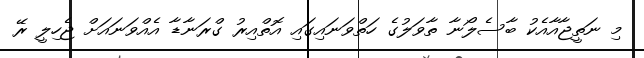
މި ނަތީޖާއާއެކު ބާސެލޯނާ ތާވަލުގެ ހަތްވަނައިގައި އޮތްއިރު ގްރަނާޑާ އެއްވަނައަށް ޖެހިލީ ރޭ